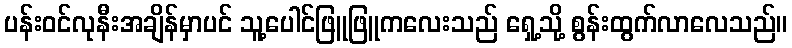
ပန်းဝင်လုနီးအချိန်မှာပင် သူ့ပေါင်ဖြူဖြူကလေးသည် ရှေ့သို့ စွန်းထွက်လာလေသည်။